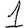
Digit: 1